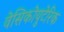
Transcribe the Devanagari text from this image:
वेसिकोयुटेरिक